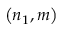
\left( n _ { 1 } , m \right)